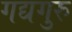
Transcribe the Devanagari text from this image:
गद्यगुरु